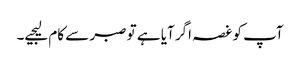
آپ کو غصہ اگر آیا ہے تو صبر سے کام لیجیے۔